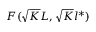
F ( \sqrt K L , \sqrt K l ^ { * } )